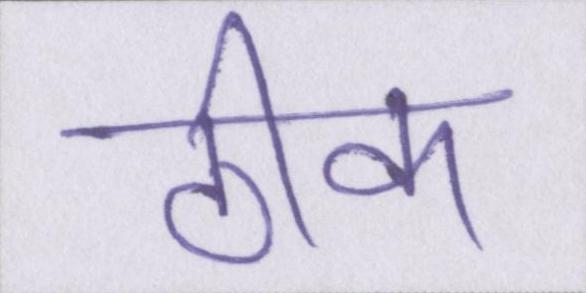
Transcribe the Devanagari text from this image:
ठीक